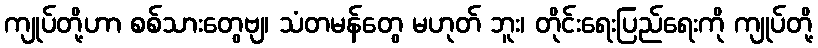
ကျုပ်တို့ဟာ စစ်သားတွေဗျ၊ သံတမန်တွေ မဟုတ် ဘူး၊ တိုင်းရေးပြည်ရေးကို ကျုပ်တို့